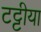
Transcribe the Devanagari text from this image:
टट्टीया